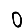
Digit: 0